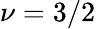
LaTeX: \nu=3/2